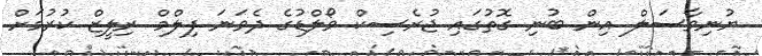
ޔުނިވާސަލް އިން ބުނި ގޮތުގައި ޖުރެސިކް ވޯލްޑުގެ ދެވަނަ ފިލްމް ރިލީޒް ކުރުމަށް